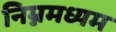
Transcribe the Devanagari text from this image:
निम्नमध्यम